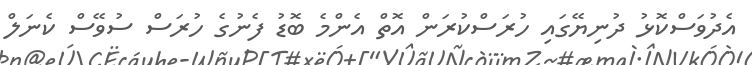
އެދުވަސްކޮޅު ދުނިޔޭގައި ހުރަސްކުރަން އޮތް އެންމެ ބޮޑު ފެނުގެ ހުރަސް ސުވޭސް ކެނަލް